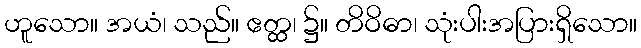
ဟူသော။ အယံ၊ သည်။ ဧတ္ထ၊ ၌။ တိဝိဓာ၊ သုံးပါးအပြားရှိသော။